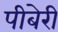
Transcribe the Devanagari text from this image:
पीबेरी